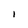
Character: I